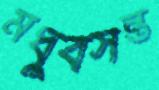
মধুবসন্ত